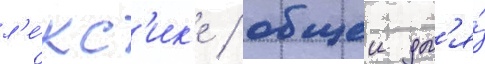
л'е́кс'ик'е / общеи дл'я́